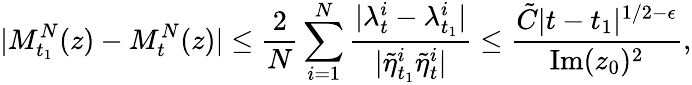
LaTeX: |M_{t_{1}}^{N}(z)-M_{t}^{N}(z)|\leq\frac{2}{N}\sum_{i=1}^{N}\frac{|\lambda_{t}^{i}-\lambda_{t_{1}}^{i}|}{|\tilde{\eta}_{t_{1}}^{i}\tilde{\eta}_{t}^{i}|}\leq\frac{\tilde{C}|t-t_{1}|^{1/2-\epsilon}}{\mathrm{Im}(z_{0})^{2}},